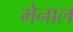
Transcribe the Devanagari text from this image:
मेनाल